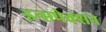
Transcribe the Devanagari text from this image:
इन्सपेक्सन